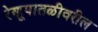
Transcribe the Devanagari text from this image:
रेणूपातळीवरील